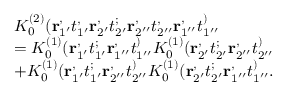
\begin{array} { r l } & { K _ { 0 } ^ { ( 2 ) } ( \mathbf { r } _ { 1 ^ { \prime } } ^ , t _ { 1 ^ { \prime } } ^ , \mathbf { r } _ { 2 ^ { \prime } } ^ , t _ { 2 ^ { \prime } } ^ ; \mathbf { r } _ { 2 ^ { \prime \prime } } ^ , t _ { 2 ^ { \prime \prime } } ^ , \mathbf { r } _ { 1 ^ { \prime \prime } } ^ , t _ { 1 ^ { \prime \prime } } ^ ) } \\ & { = K _ { 0 } ^ { ( 1 ) } ( \mathbf { r } _ { 1 ^ { \prime } } ^ , t _ { 1 ^ { \prime } } ^ ; \mathbf { r } _ { 1 ^ { \prime \prime } } ^ , t _ { 1 ^ { \prime \prime } } ^ ) K _ { 0 } ^ { ( 1 ) } ( \mathbf { r } _ { 2 ^ { \prime } } ^ , t _ { 2 ^ { \prime } } ^ ; \mathbf { r } _ { 2 ^ { \prime \prime } } ^ , t _ { 2 ^ { \prime \prime } } ^ ) } \\ & { + K _ { 0 } ^ { ( 1 ) } ( \mathbf { r } _ { 1 ^ { \prime } } ^ , t _ { 1 ^ { \prime } } ^ ; \mathbf { r } _ { 2 ^ { \prime \prime } } ^ , t _ { 2 ^ { \prime \prime } } ^ ) K _ { 0 } ^ { ( 1 ) } ( \mathbf { r } _ { 2 ^ { \prime } } ^ , t _ { 2 ^ { \prime } } ^ ; \mathbf { r } _ { 1 ^ { \prime \prime } } ^ , t _ { 1 ^ { \prime \prime } } ^ ) . } \end{array}